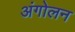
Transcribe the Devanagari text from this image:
अंगोलन